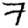
Digit: 7